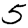
Digit: 5